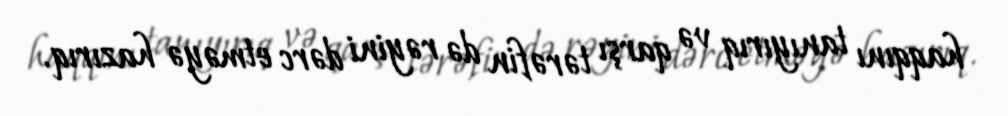
haqqını tanıyırıq və qarşı tərəfin də rəyini dərc etməyə hazırıq.